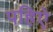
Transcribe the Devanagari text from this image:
पहिऐ